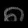
Digit: ၈